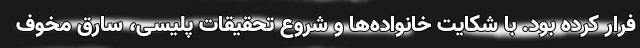
فرار کرده بود. با شکایت خانواده‌ها و شروع تحقیقات پلیسی، سارق مخوف